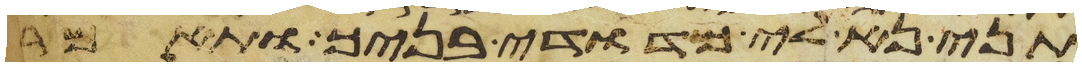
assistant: תני נא לי מדודי בניך ותאמר